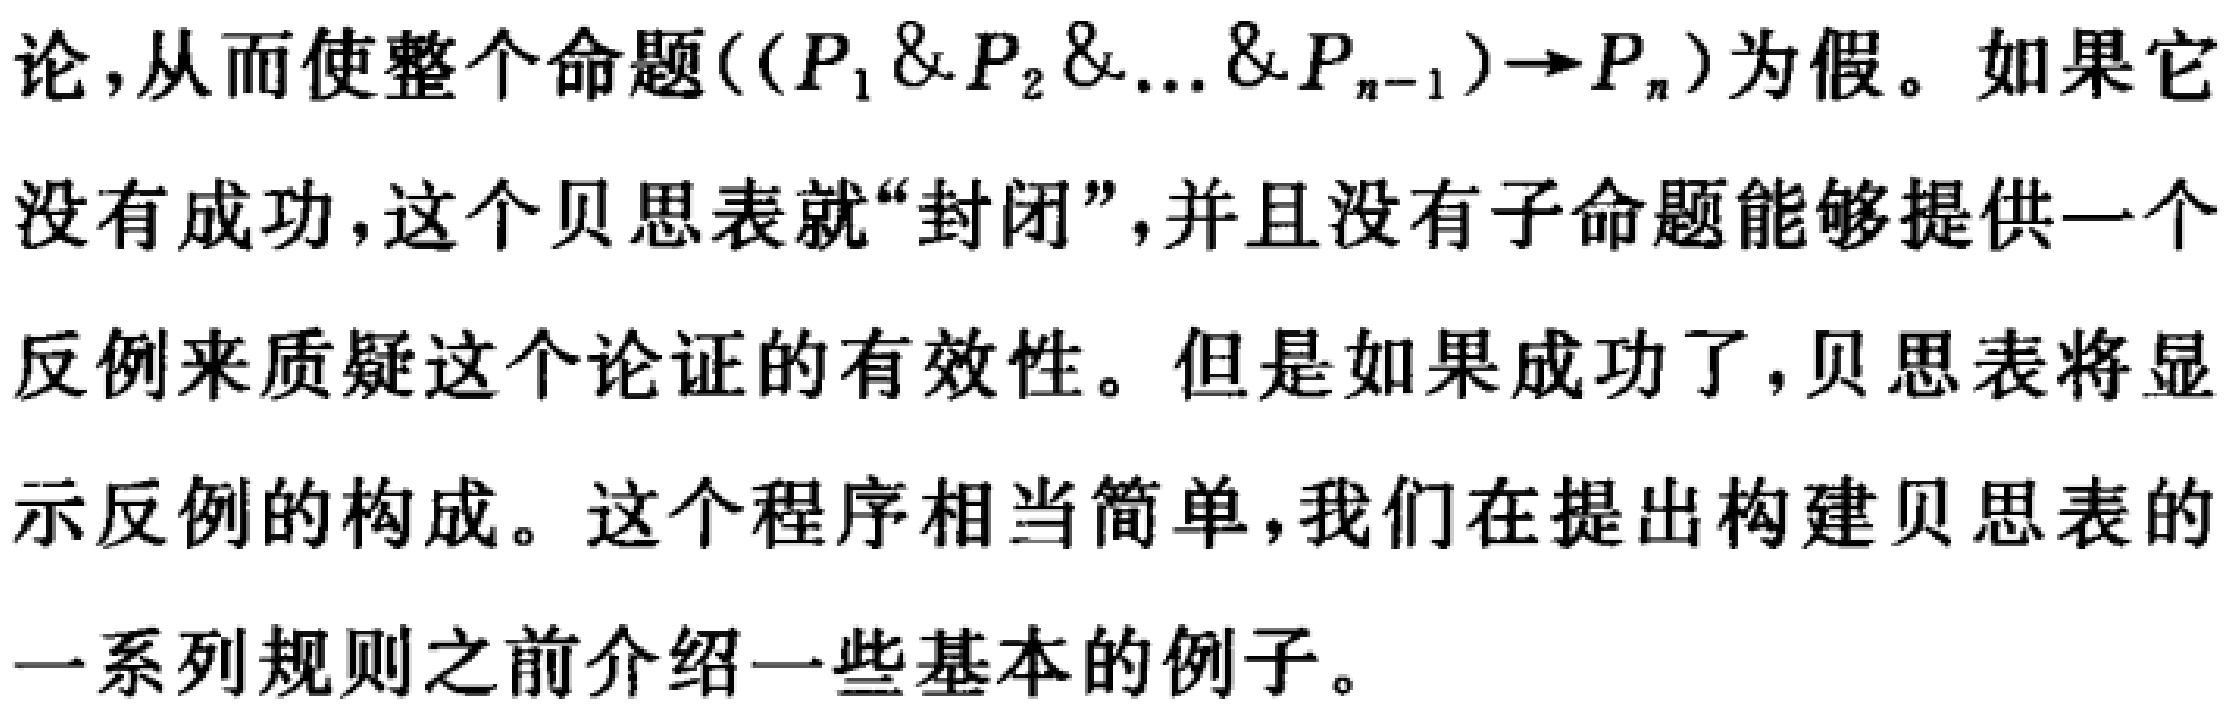
论,从而使整个命题\(((P_1 \& P_2 \& \ldots \& P_{n - 1}) \to P_n)\)为假。如果它没有成功,这个贝思表就“封闭”,并且没有子命题能够提供一个反例来质疑这个论证的有效性。但是如果成功了,贝思表将显示反例的构成。这个程序相当简单,我们在提出构建贝思表的一系列规则之前介绍一些基本的例子。